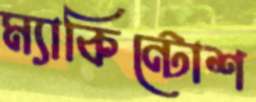
ম্যাকিন্টোশ